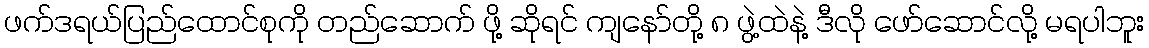
ဖက်ဒရယ်ပြည်ထောင်စုကို တည်ဆောက် ဖို့ ဆိုရင် ကျနော်တို့ ၈ ဖွဲ့ထဲနဲ့ ဒီလို ဖော်ဆောင်လို့ မရပါဘူး